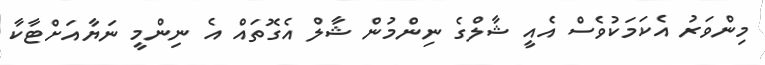
މިންވަރު އެކަމަކުވެސް އެއީ ޝާލްގެ ނިންމުން ޝާލް އެގޮތައް އެ ނިންމީ ނަޔާއަށްޓާކާ